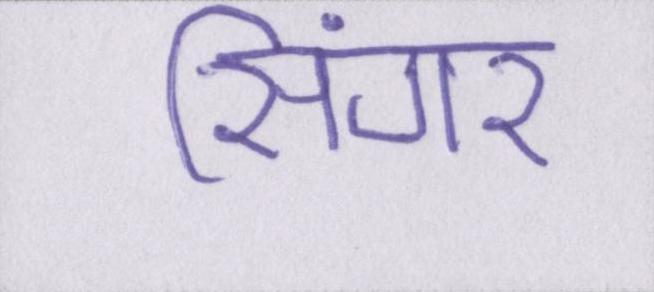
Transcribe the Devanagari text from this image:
सिंगर